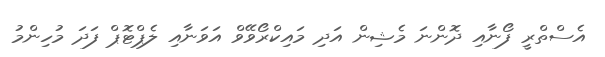
އެސްތްރީ ފޯނާއި ދޮންނަ މެޝިން އަދި މައިކްރޯވޭވް އަވަނާއި ލެޕްޓޮޕް ފަދަ މުހިންމު